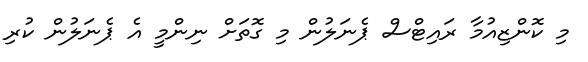
މި ކޮންޒިއުމާ ރައިޓްސް ޕެނަލުން މި ގޮތަށް ނިންމީ އެ ޕެނަލުން ކުރި